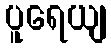
ပူရေယျ